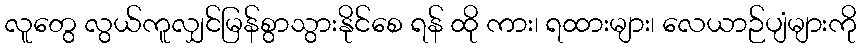
လူတွေ လွယ်ကူလျှင်မြန်စွာသွားနိုင်စေ ရန် ထို ကား၊ ရထားများ၊ လေယာဉ်ပျံများကို